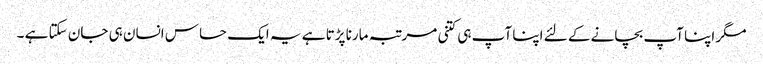
مگر اپنا آپ بچانے کے لئے اپنا آپ ہی کتنی مرتبہ مارنا پڑتا ہے یہ ایک حساس انسان ہی جان سکتا ہے ۔